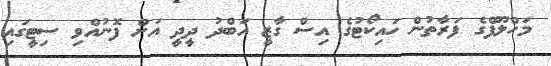
މަހްލޫފްގެ ފަރާތުން ހައިކޯޓުގެ އިސް ގާޒީ އަބްދު ދީދީ އަށް ފޮނުއްވި ސިޓީގައި